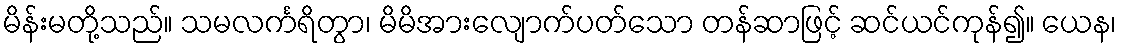
မိန်းမတို့သည်။ သမလင်္ကရိတွာ၊ မိမိအားလျောက်ပတ်သော တန်ဆာဖြင့် ဆင်ယင်ကုန်၍။ ယေန၊